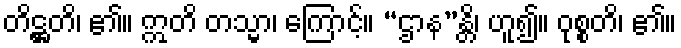
တိဋ္ဌတိ၊ ၏။ ဣတိ တသ္မာ၊ ကြောင့်။ “ဌာန”န္တိ၊ ဟူ၍။ ဝုစ္စတိ၊ ၏။